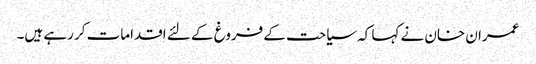
عمران خان نے کہا کہ سیاحت کے فروغ کے لئے اقدامات کر رہے ہیں۔